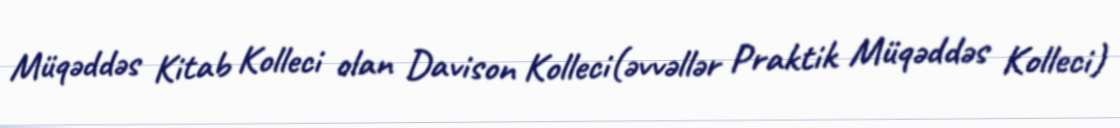
Müqəddəs Kitab Kolleci olan Davison Kolleci(əvvəllər Praktik Müqəddəs Kolleci)